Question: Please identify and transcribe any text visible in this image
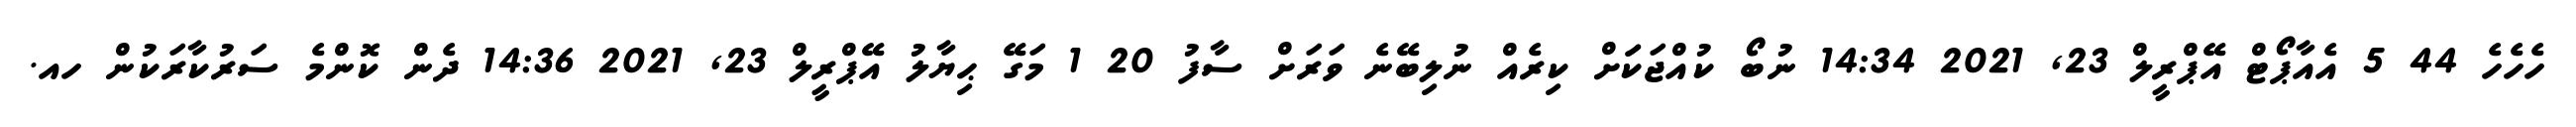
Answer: ހެހެހެ 44 5 އެއާޕޯޓް އޭޕްރީލް 23, 2021 14:34 ނުބޯ ކުއްޖަކަަށް ކިރެއް ނުލިބޭނެ ވަރަށް ސާފު 20 1 މަގޭ ޙިޔާލު އޭޕްރީލް 23, 2021 14:36 ދެން ކޮންމެ ސަރުކާރަކުން ހއ.